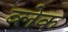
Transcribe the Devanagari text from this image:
व्लेक